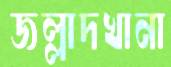
জল্লাদখানা